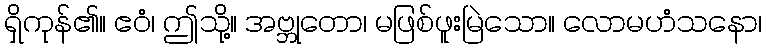
ရှိကုန်၏။ ဧဝံ၊ ဤသို့။ အဗ္ဘုတော၊ မဖြစ်ဖူးမြဲသော။ လောမဟံသနော၊